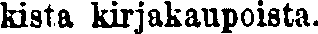
kista kirjakaupoista.